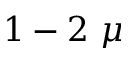
1 - 2 ~ \mu